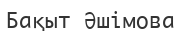
Бақыт Әшімова